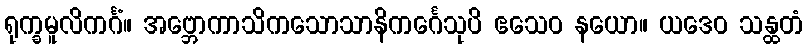
ရုက္ခမူလိကင်္ဂံ။ အဗ္ဘောကာသိကသောသာနိကင်္ဂေသုပိ ဧသေဝ နယော။ ယဒေဝ သန္ထတံ